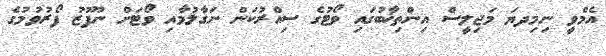
އެމްވީ ނިމިދޔަ މަޖިލީސް އިންތިޚާބުގައި ވޯޓުގެ ސިއްރުކަން ނަގާލުމާއި ވޯޓަށް ނުފޫޒު ފޯރުވުމުގެ